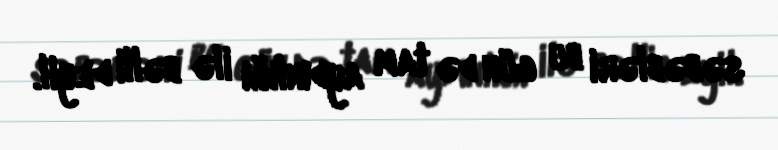
səbəbləri bu gün də tam aydınlığı ilə bəlli deyil.